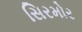
સિરમોર